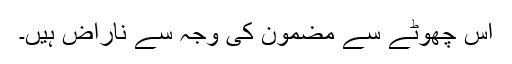
اس چھوٹے سے مضمون کی وجہ سے ناراض ہیں۔